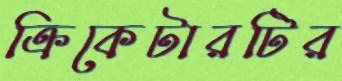
ক্রিকেটারটির